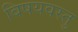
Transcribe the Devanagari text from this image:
बिषयवस्तु